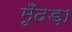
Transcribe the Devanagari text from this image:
मूँदड़ा